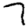
Digit: 7